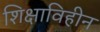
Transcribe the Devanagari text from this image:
शिक्षाविहीन